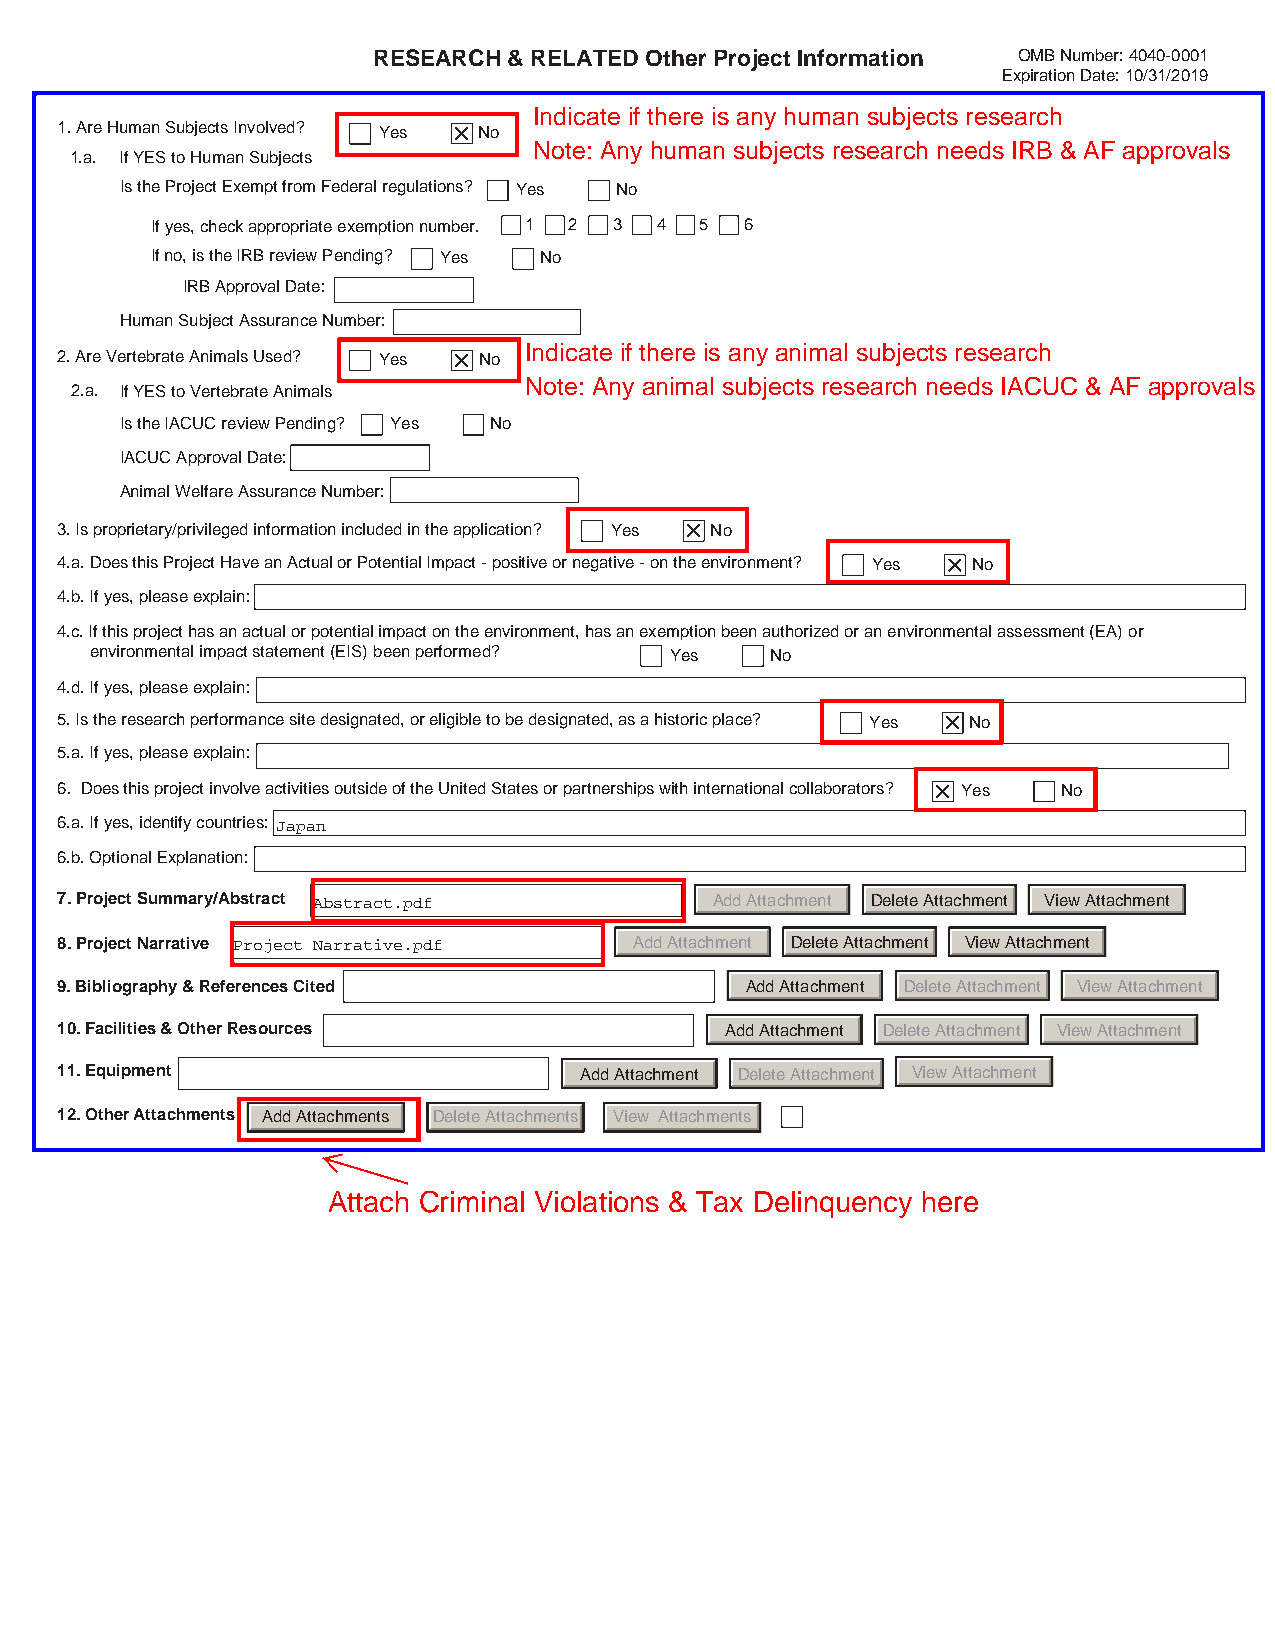
RESEARCH & RELATED Other Project Information OMB Number: 4040-0001
 Expiration Date: 10/31/2019
 1.Are Human Subjects Involved? Yes No
 1.a. If YES to Human Subjects
 Is the Project Exempt from Federal regulations? Yes No
 If yes, check appropriate exemption number. 1 2 3 4 5 6
 If no, is the IRB review Pending? Yes No
 IRB Approval Date:
 Human Subject Assurance Number:
 2.Are Vertebrate Animals Used? Yes No
 2.a. If YES to Vertebrate Animals
 Is the IACUC review Pending? Yes No
 IACUC Approval Date:
 Animal Welfare Assurance Number:
 3.Is proprietary/privileged information included in the application? Yes No
 4.a. Does this Project Have an Actual or Potential Impact - positive or negative - on the environment? Yes No
 4.b. If yes, please explain:
 4.c. If this project has an actual or potential impact on the environment, has an exemption been authorized or an environmental assessment (EA) or
 environmental impact statement (EIS) been performed? Yes No
 4.d. If yes, please explain:
 5.Is the research performance site designated, or eligible to be designated, as a historic place? Yes No
 5.a. If yes, please explain:
 6. Does this project involve activities outside of the United States or partnerships with international collaborators? Yes No
 6.a. If yes, identify countries: Japan
 6.b. Optional Explanation:
 7.Project Summary/Abstract Abstract.pdf    AddAttachment DeleteAttachment ViewAttachment
 8.Project Narrative Project Narrative.pdf AddAttachment DeleteAttachment ViewAttachment
 9.Bibliography & References Cited            AddAttachment DeleteAttachment ViewAttachment
 10.Facilities & Other Resources             AddAttachment DeleteAttachment ViewAttachment
 11.Equipment                      AddAttachment DeleteAttachment ViewAttachment
 12.Other Attachments AddAttachments DeleteAttachments View Attachments